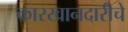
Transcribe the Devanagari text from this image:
कारखानदारीचे